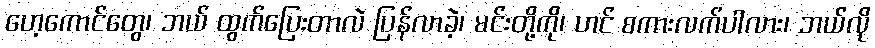
ဟေ့ကောင်တွေ၊ ဘယ် ထွက်ပြေးတာလဲ ပြန်လာခဲ့၊ မင်းတို့ကို၊ ဟင် စကားလက်ပါလား၊ ဘယ်လို